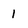
Character: 1